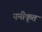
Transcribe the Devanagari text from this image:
नमीकृत